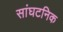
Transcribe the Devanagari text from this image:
सांघटनिक